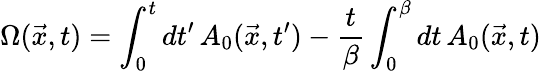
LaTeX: \Omega(\vec{x},t)=\int_{0}^{t}dt^{\prime}\, A_{0}(\vec{x},t^{\prime})-{\frac{t}{\beta}}\int_{0}^{\beta}dt\, A_{0}(\vec{x},t)